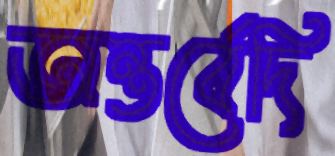
অন্তর্বেদি